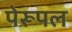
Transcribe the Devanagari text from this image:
पेरूपल